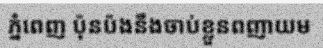
ភ្នំពេញ ប៉ុនប៉ងនឹងចាប់ខ្លួនពញាយម